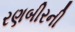
રણબીરની